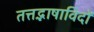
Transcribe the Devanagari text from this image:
तत्तद्भाषाविदों